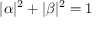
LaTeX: | \alpha | ^ { 2 } + | \beta | ^ { 2 } = 1